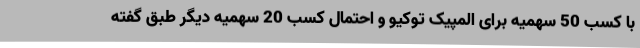
با کسب 50 سهمیه برای المپیک توکیو و احتمال کسب 20 سهمیه دیگر طبق گفته